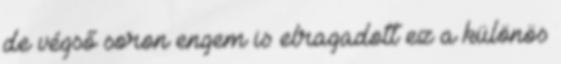
de végső soron engem is elragadott ez a különös